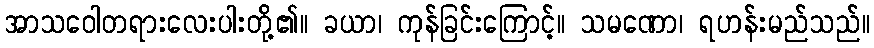
အာသဝေါတရားလေးပါးတို့၏။ ခယာ၊ ကုန်ခြင်းကြောင့်။ သမဏော၊ ရဟန်းမည်သည်။